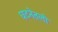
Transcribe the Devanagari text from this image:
घटनेतली